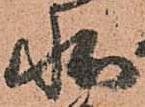
状